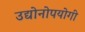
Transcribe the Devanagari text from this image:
उद्योनोपयोगी